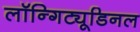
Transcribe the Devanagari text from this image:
लॉन्गिट्यूडिनल